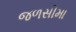
જળસીમા